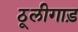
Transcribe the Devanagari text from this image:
ठूलीगाड़